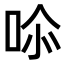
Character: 𭇧